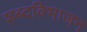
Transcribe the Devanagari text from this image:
शब्दविभाजन